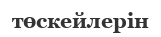
төскейлерін